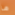
ما